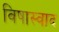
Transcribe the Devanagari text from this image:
विषास्वाद